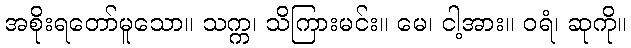
အစိုးရတော်မူသော။ သက္က၊ သိကြားမင်း။ မေ၊ ငါ့အား။ ဝရံ၊ ဆုကို။